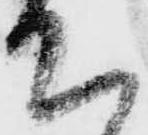
て